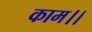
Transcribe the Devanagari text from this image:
काम।।